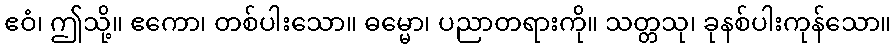
ဧဝံ၊ ဤသို့။ ဧကော၊ တစ်ပါးသော။ ဓမ္မော၊ ပညာတရားကို။ သတ္တသု၊ ခုနစ်ပါးကုန်သော။